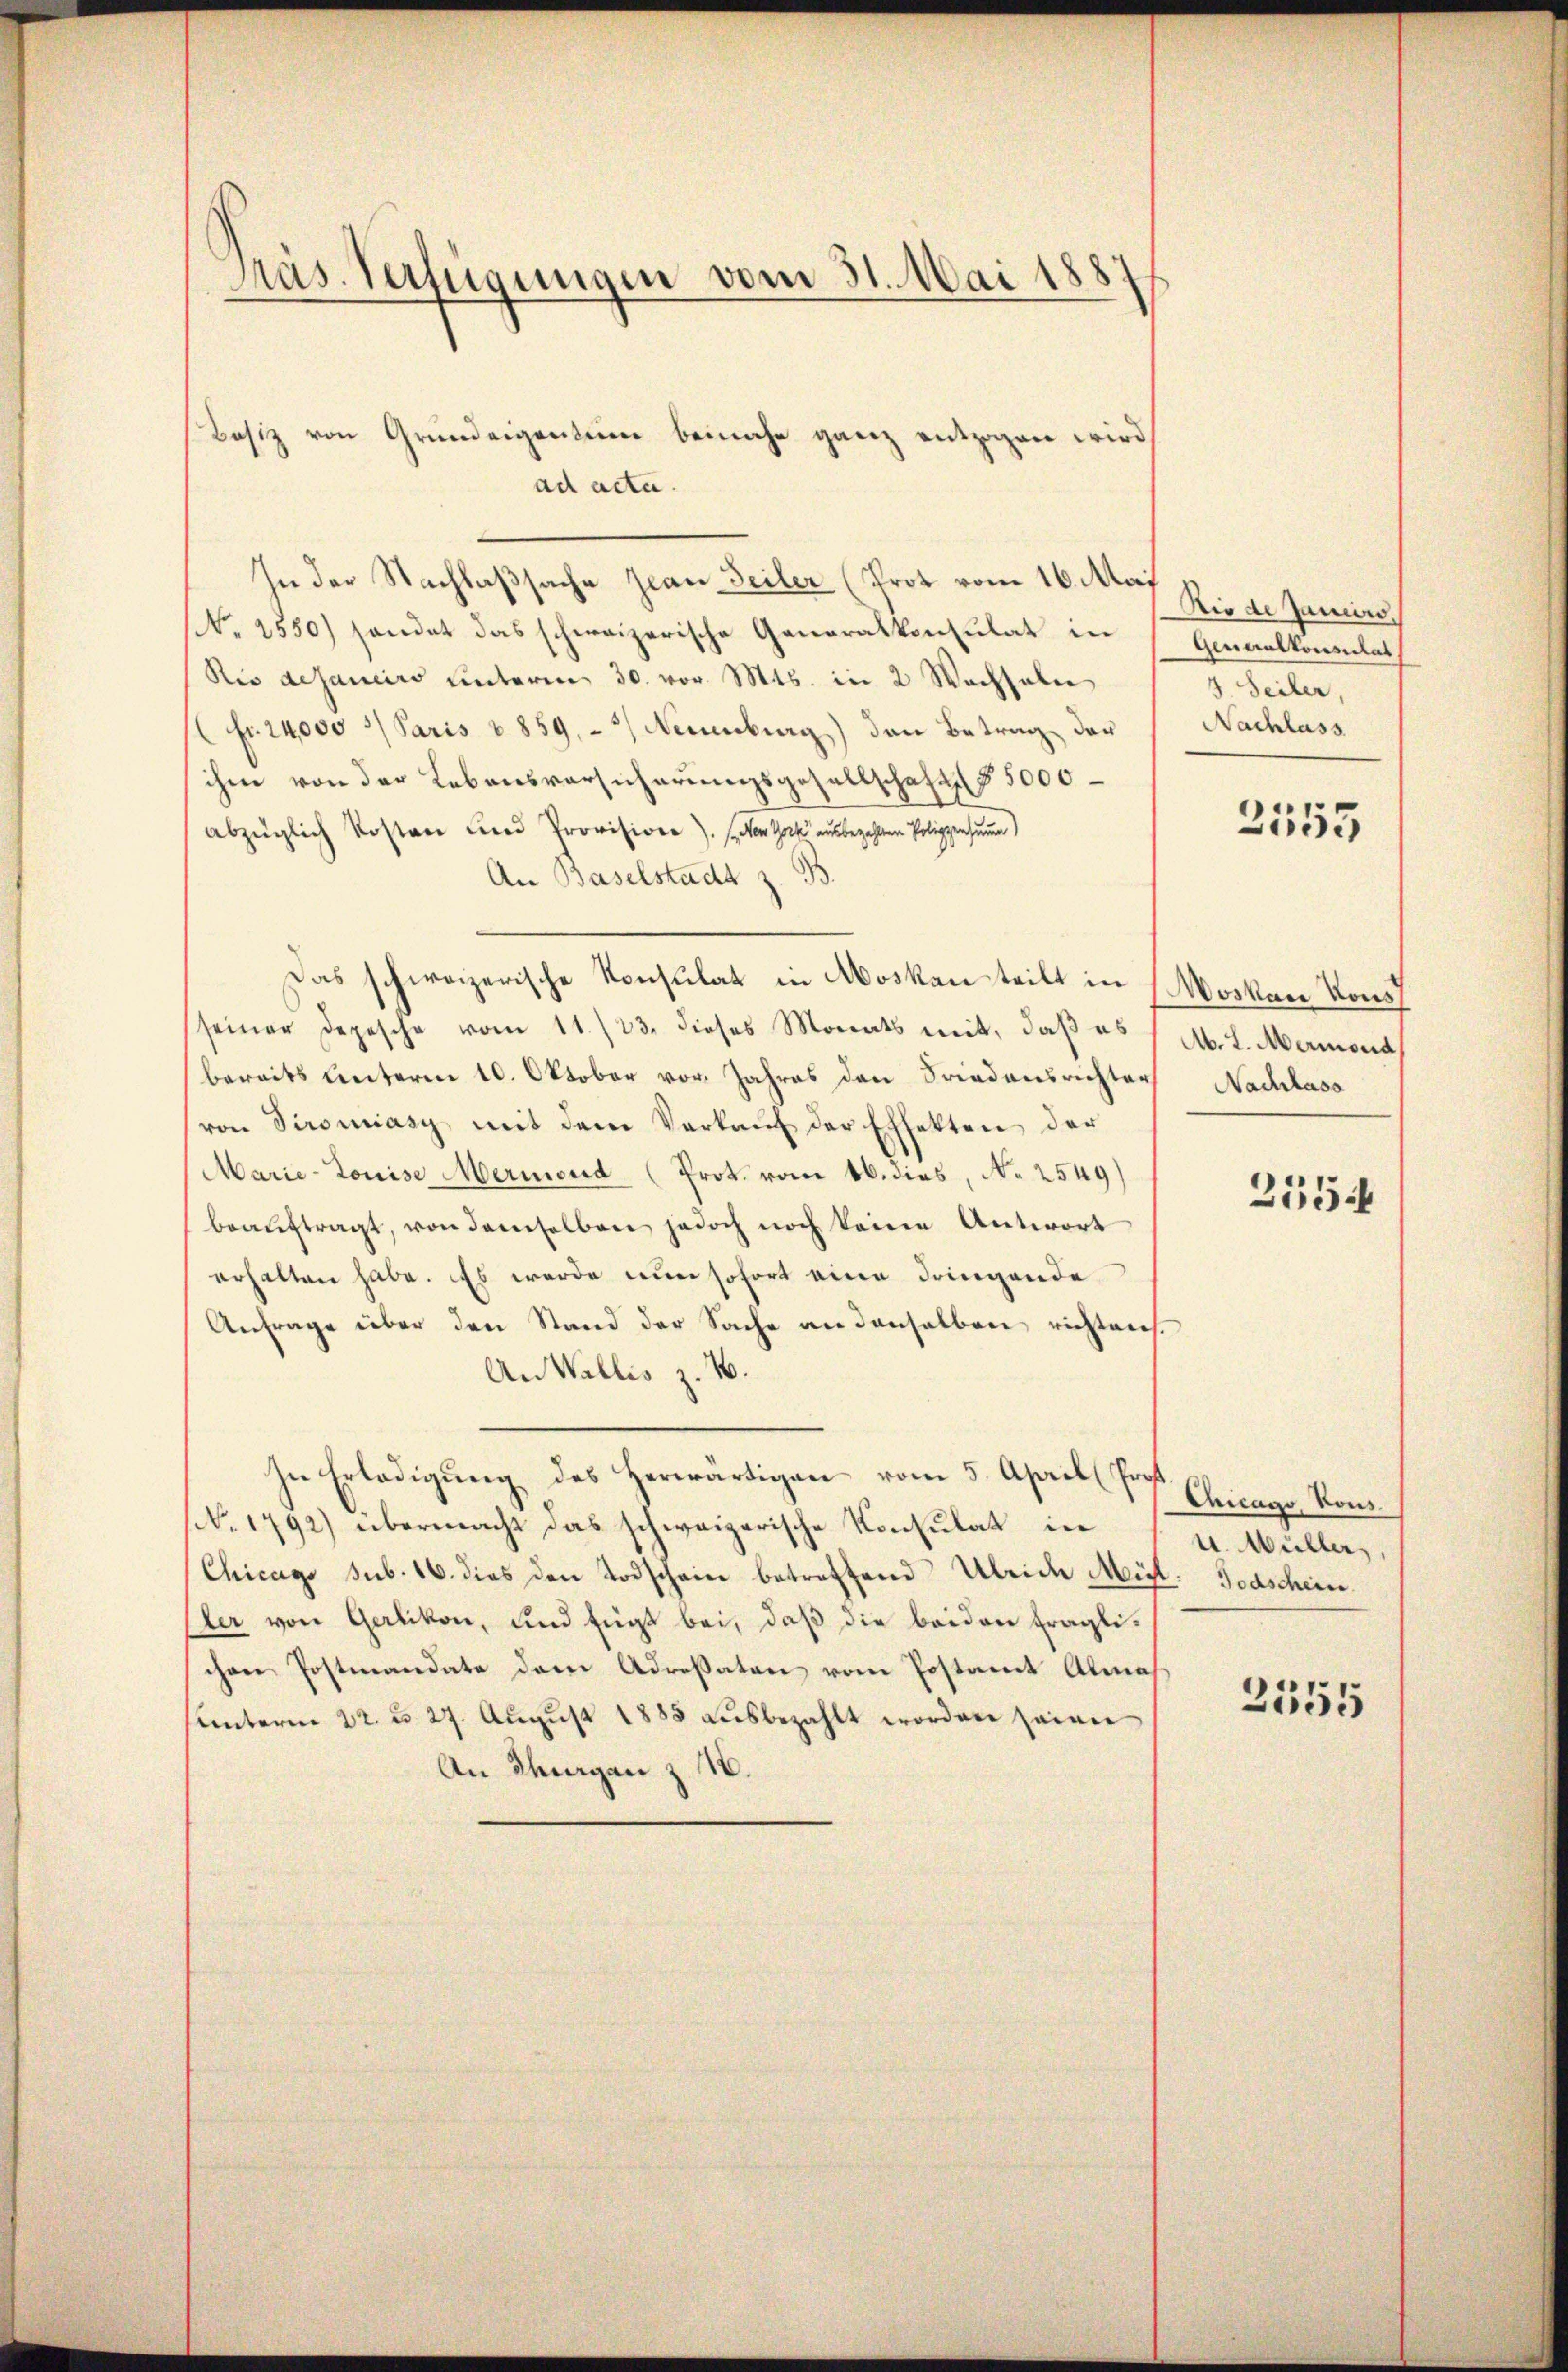
Präs. Verfügungen vom 31. Mai 1881

Besiz von Grundeigentum beinahe ganz entzogen wird
ad acta.
In der Nachlaßsache Jean Seiler (Prot vom 16 Art. Sie u. Janein
No 2550) sendet das schweizerische Generalkonsulat in Genaalkommath
Rio dejaniers unterm 30. vor. Mts. in 2 Wachsalen
fr. 14000 Paris v 859.- 2) Neuenburg) den Betrag der
ihm von der Lebensvorsicherungsgesellschaft (§ 5000
abzüglich Kosten und Provision). (der Ges ausbezahlten Polippensumme)
An Baselstadt z. B
Das schweizerische Konsulat in Moskau tritt in Moskau Kons
seiner Depesche vom 11./23. dieses Monats mit, daβ es / M. L. Marmond
bereits unterm 10. Oktober vor. Jahres den Friedensrichter Nachlass
von Sironiasy mit dem Verkaŭf der Effekten der
Marie-Louise Mermend (Prot. vom 16. dies, N. 2549)
beaŭftragt, von demselben jedoch noch keine Antwort
erhalten habe. Es wurde nun sofort eine dringende
Anfrage über den Stand der Sache an denselben richtens.
An Wallis z. B.
In Erledigung des herwärtigen vom 5. April (Prof.
No. 1792) übermacht das schweizerische Konsulat in
Chicago sub. 16. dies den Todschein betreffend Ubeide Mit Todschein
ler von Gerlikon, und fügt bei, daß die beiden fraglischen Postmandate dem Adressaton vom Postamt Almas
ŭnterm 22. d. 27. Aŭgŭst 1885 aŭsbezahlt worden seine
An Thurgau Z n.

3. Seiler,
Nachlass

2555

2554

Chicago, Kons
u. Müller,

2555